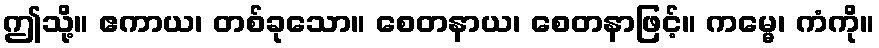
ဤသို့။ ဧကာယ၊ တစ်ခုသော။ စေတနာယ၊ စေတနာဖြင့်။ ကမ္မေ၊ ကံကို။